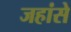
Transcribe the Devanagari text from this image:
जहांसे